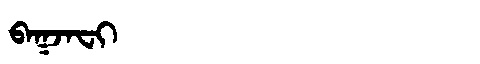
Manchu: ᠪᠠᡴᠵᠠᠸᡳ
Romanization: BAKJAFI